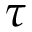
\tau